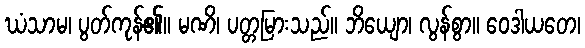
ဃံသာမ၊ ပွတ်ကုန်၏။ မဏိ၊ ပတ္တမြားသည်။ ဘိယျော၊ လွန်စွာ။ ဝေဒါယတေ၊